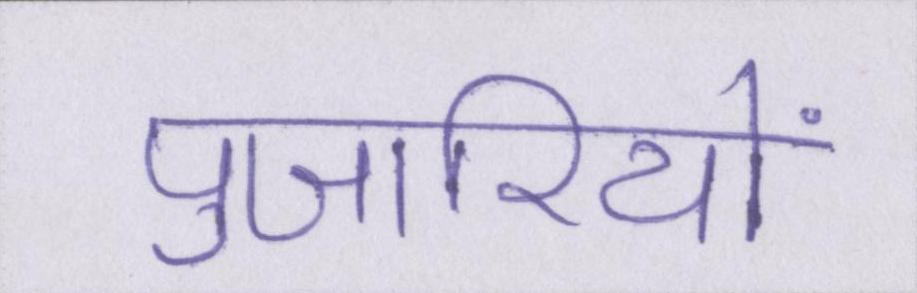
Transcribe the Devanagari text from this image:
पुजारियों